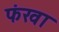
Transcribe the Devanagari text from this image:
फंखा